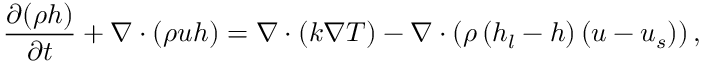
\frac { \partial ( \rho h ) } { \partial t } + \nabla \cdot ( \rho \boldsymbol { u } h ) = \nabla \cdot ( k \nabla T ) - \nabla \cdot \left( \rho \left( h _ { l } - h \right) \left( \boldsymbol { u } - \boldsymbol { u } _ { s } \right) \right) ,